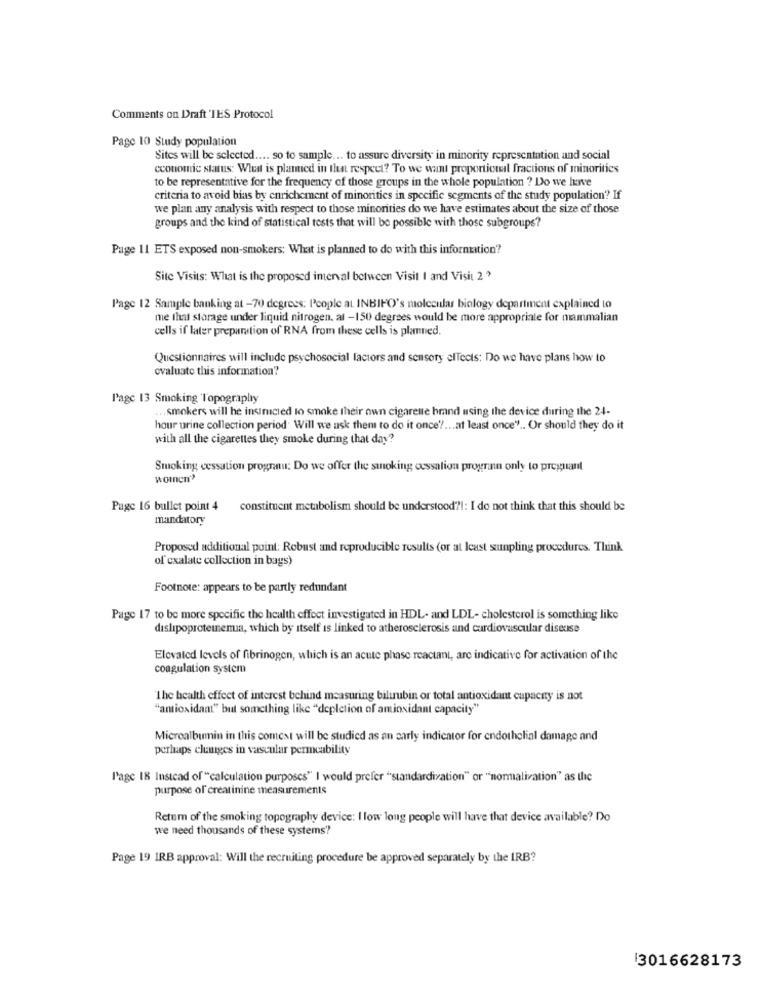
Comments on Draft 'TES Protocol
Page 10 Study population
Sites will be selected .... so to sample. .. to assure diversity in minority representation and social
economic status: Wie is planned in that respect? To we want proporticul fractions of minorities
to be representative for the frequency of those groups in the whole population ? Do we live
criteria to avoid bias by enrichement of minorities in specific segments of the study population? If
we plan any analysis with respect to those minorities do we have estimates about the size of those
groups and the kind of statistical tests that will be possible with those subgroups?
Page 11 ETS exposed non-smokers: What is planned to do with this information?
Site Visits: What is the proposed imerval between Visit I and Visit 2 ?
Page 12 Sample banking at -70 degrees: People at INBIFO's molecular biology department explained to
me that storage under liquid nitrogen. at -150 degrees would be more appropriate for mammalian
cells if later preparation of RNA from these cells is planned.
Questionnaires will include psychosocial factors and sensory effects: Do we have plans how to
evaluate this information?
Page 13 Smoking Topography
.. smokers will he instructed to smoke their own cigarette brand using the device during the 24-
hour urine collection period. Will we ask them to do it once' ?... at least once" .. Or should they do it
with all the cigarettes they smoke during that day?
Smoking cessation programu: Do we offer the sunoking cessation progran only to pregnant
woInen"
Page 16 bullet point 4
constituent metabolism should be understood ?!: I do not think that this should be
mandatory
Proposed additional point: Robust and reproducible results (or at least suunpling procedures. Think
of cxalate collection in bags)
Footnote: appears to be partly redundant
Page 17 to be more specific the health effect investigated in HDL- and LDL- cholesterol is something like
dislipoproteinemua, which by itself is linked to atherosclerosis and cardiovascular disease
Elevated levels of fibrinogen, which is an acute phase reactant, are indicative for activation of the
coagulation system
The health effect of interest behind measuring bilirubin or total antioxidant capacity is not
"antioxidant" but something like "depletion of antioxidant capacity"
Microalbumin in this coment will be studied as an early indicator for endothelial damage and
perhaps changes in vascular permeability
Page 18 Instead of "calculation purposes" I would prefer "standardization" or "normaliration" as the
purpose of' creatinine measurements
Retum of the smoking topography device: I low long people will have that device available? Do
we need thousands of these systems'?
Page 19 IRB approval: Will the recruiting procedure be approved separately by the IRB?
13016628173